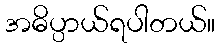
အဓိပ္ပာယ်ရပါတယ်။